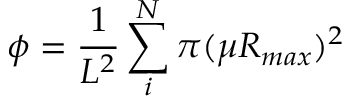
\phi = \frac { 1 } { L ^ { 2 } } \sum _ { i } ^ { N } \pi ( \mu R _ { m a x } ) ^ { 2 }